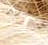
باتمور